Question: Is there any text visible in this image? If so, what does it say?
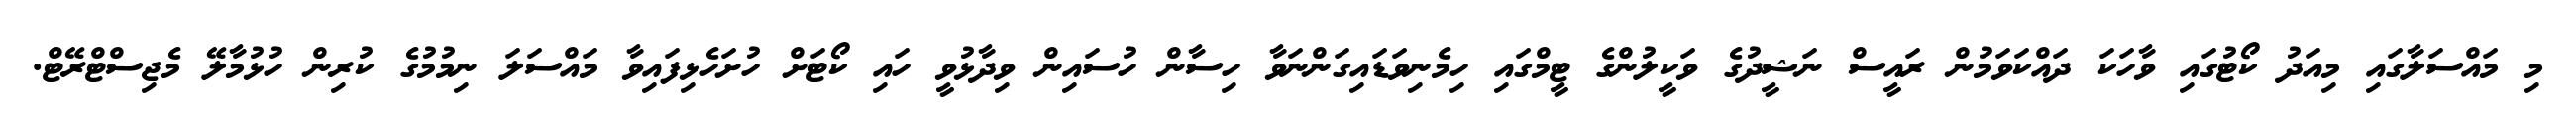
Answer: މި މައްސަލާގައި މިއަދު ކޯޓުގައި ވާހަކަ ދައްކަވަމުން ރައީސް ނަޝީދުގެ ވަކީލުންގެ ޓީމްގައި ހިމެނިވަޑައިގަންނަވާ ހިސާން ހުސައިން ވިދާޅުވީ ހައި ކޯޓަށް ހުށަހެޅިފައިވާ މައްސަލަ ނިމުމުގެ ކުރިން ހުޅުމާލޭ މެޖިސްޓްރޭޓް.